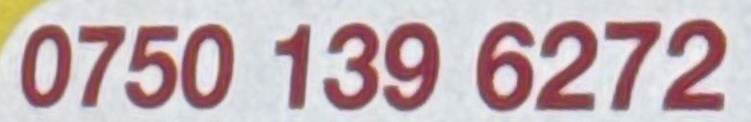
0750 139 6272